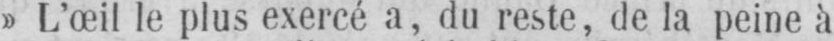
»L’œil le plus exercé a, du reste, de la peine à